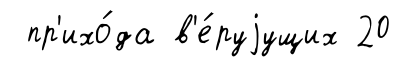
пр'ихо́да в'е́руjущих 20